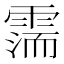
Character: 𩄋